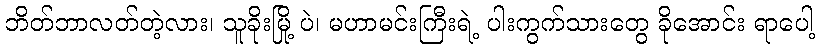
ဘိတ်ဘာလတ်တဲ့လား၊ သူခိုးမြို့ ပဲ၊ မဟာမင်းကြီးရဲ့ ပါးကွက်သားတွေ ခိုအောင်း ရာပေါ့